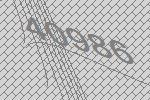
40986